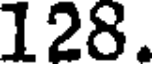
128.